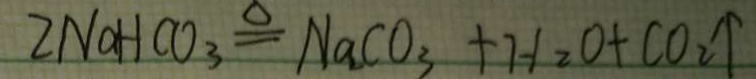
2 N a H C O _ { 3 } \xlongequal { \Delta } N a C O _ { 3 } + H _ { 2 } O + C O _ { 2 } \uparrow